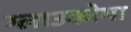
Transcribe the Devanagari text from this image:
ग्लाउकोमा